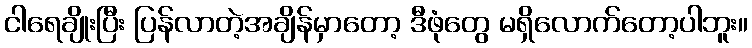
ငါရေချိုးပြီး ပြန်လာတဲ့အချိန်မှာတော့ ဒီဖုံတွေ မရှိလောက်တော့ပါဘူး။